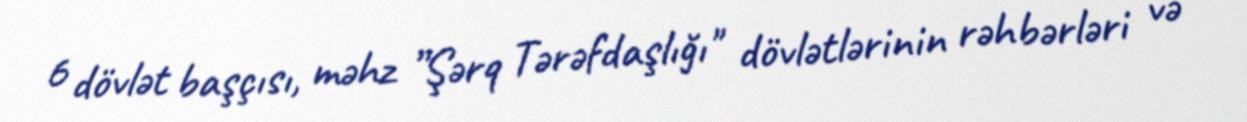
6 dövlət başçısı, məhz ”Şərq Tərəfdaşlığı" dövlətlərinin rəhbərləri və